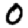
Digit: 0